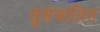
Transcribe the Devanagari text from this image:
सुसंवातित